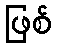
ဖြစ်